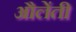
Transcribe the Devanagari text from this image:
औलेंती